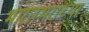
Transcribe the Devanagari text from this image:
भारतभराच्‍या